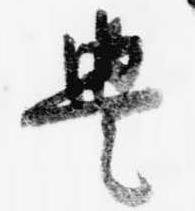
豊